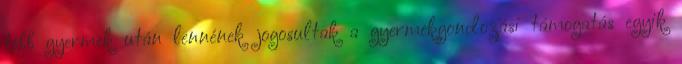
több gyermek után lennének jogosultak a gyermekgondozási támogatás egyik